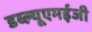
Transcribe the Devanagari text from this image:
डब्ल्यूएमईजी